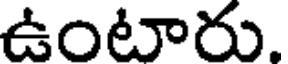
ఉంటారు.